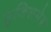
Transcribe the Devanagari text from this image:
मुजिसमेस